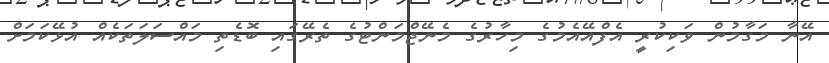
އޭނާ މަގާމުން ވަކިކުރީ އެފްއޭއެމުގެ މިހާރުގެ މެނޭޖްމަންޓުގެ ތެރޭގައި ބޮޑެތި މައްސަލަތަކެއް އުޅޭކަމަށް